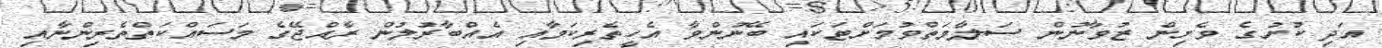
އަދި ކުށުގެ ވެށިން ޒުވާނުން ސަލާމަތްވުމަށްޓަކައި ބޭނުންވާ އެހީތެރިކަމާއި އެއްބާރުލުން ރާއްޖޭގެ މަސައްކަތްތެރިންނާއި